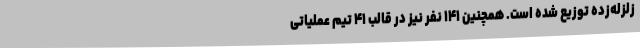
زلزله‌زده توزیع شده است. همچنین ۱۴۱ نفر نیز در قالب ۴۱ تیم عملیاتی